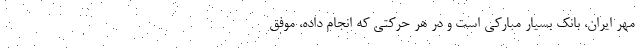
مهر ایران، بانک بسیار مبارکی است و در هر حرکتی که انجام داده، موفق